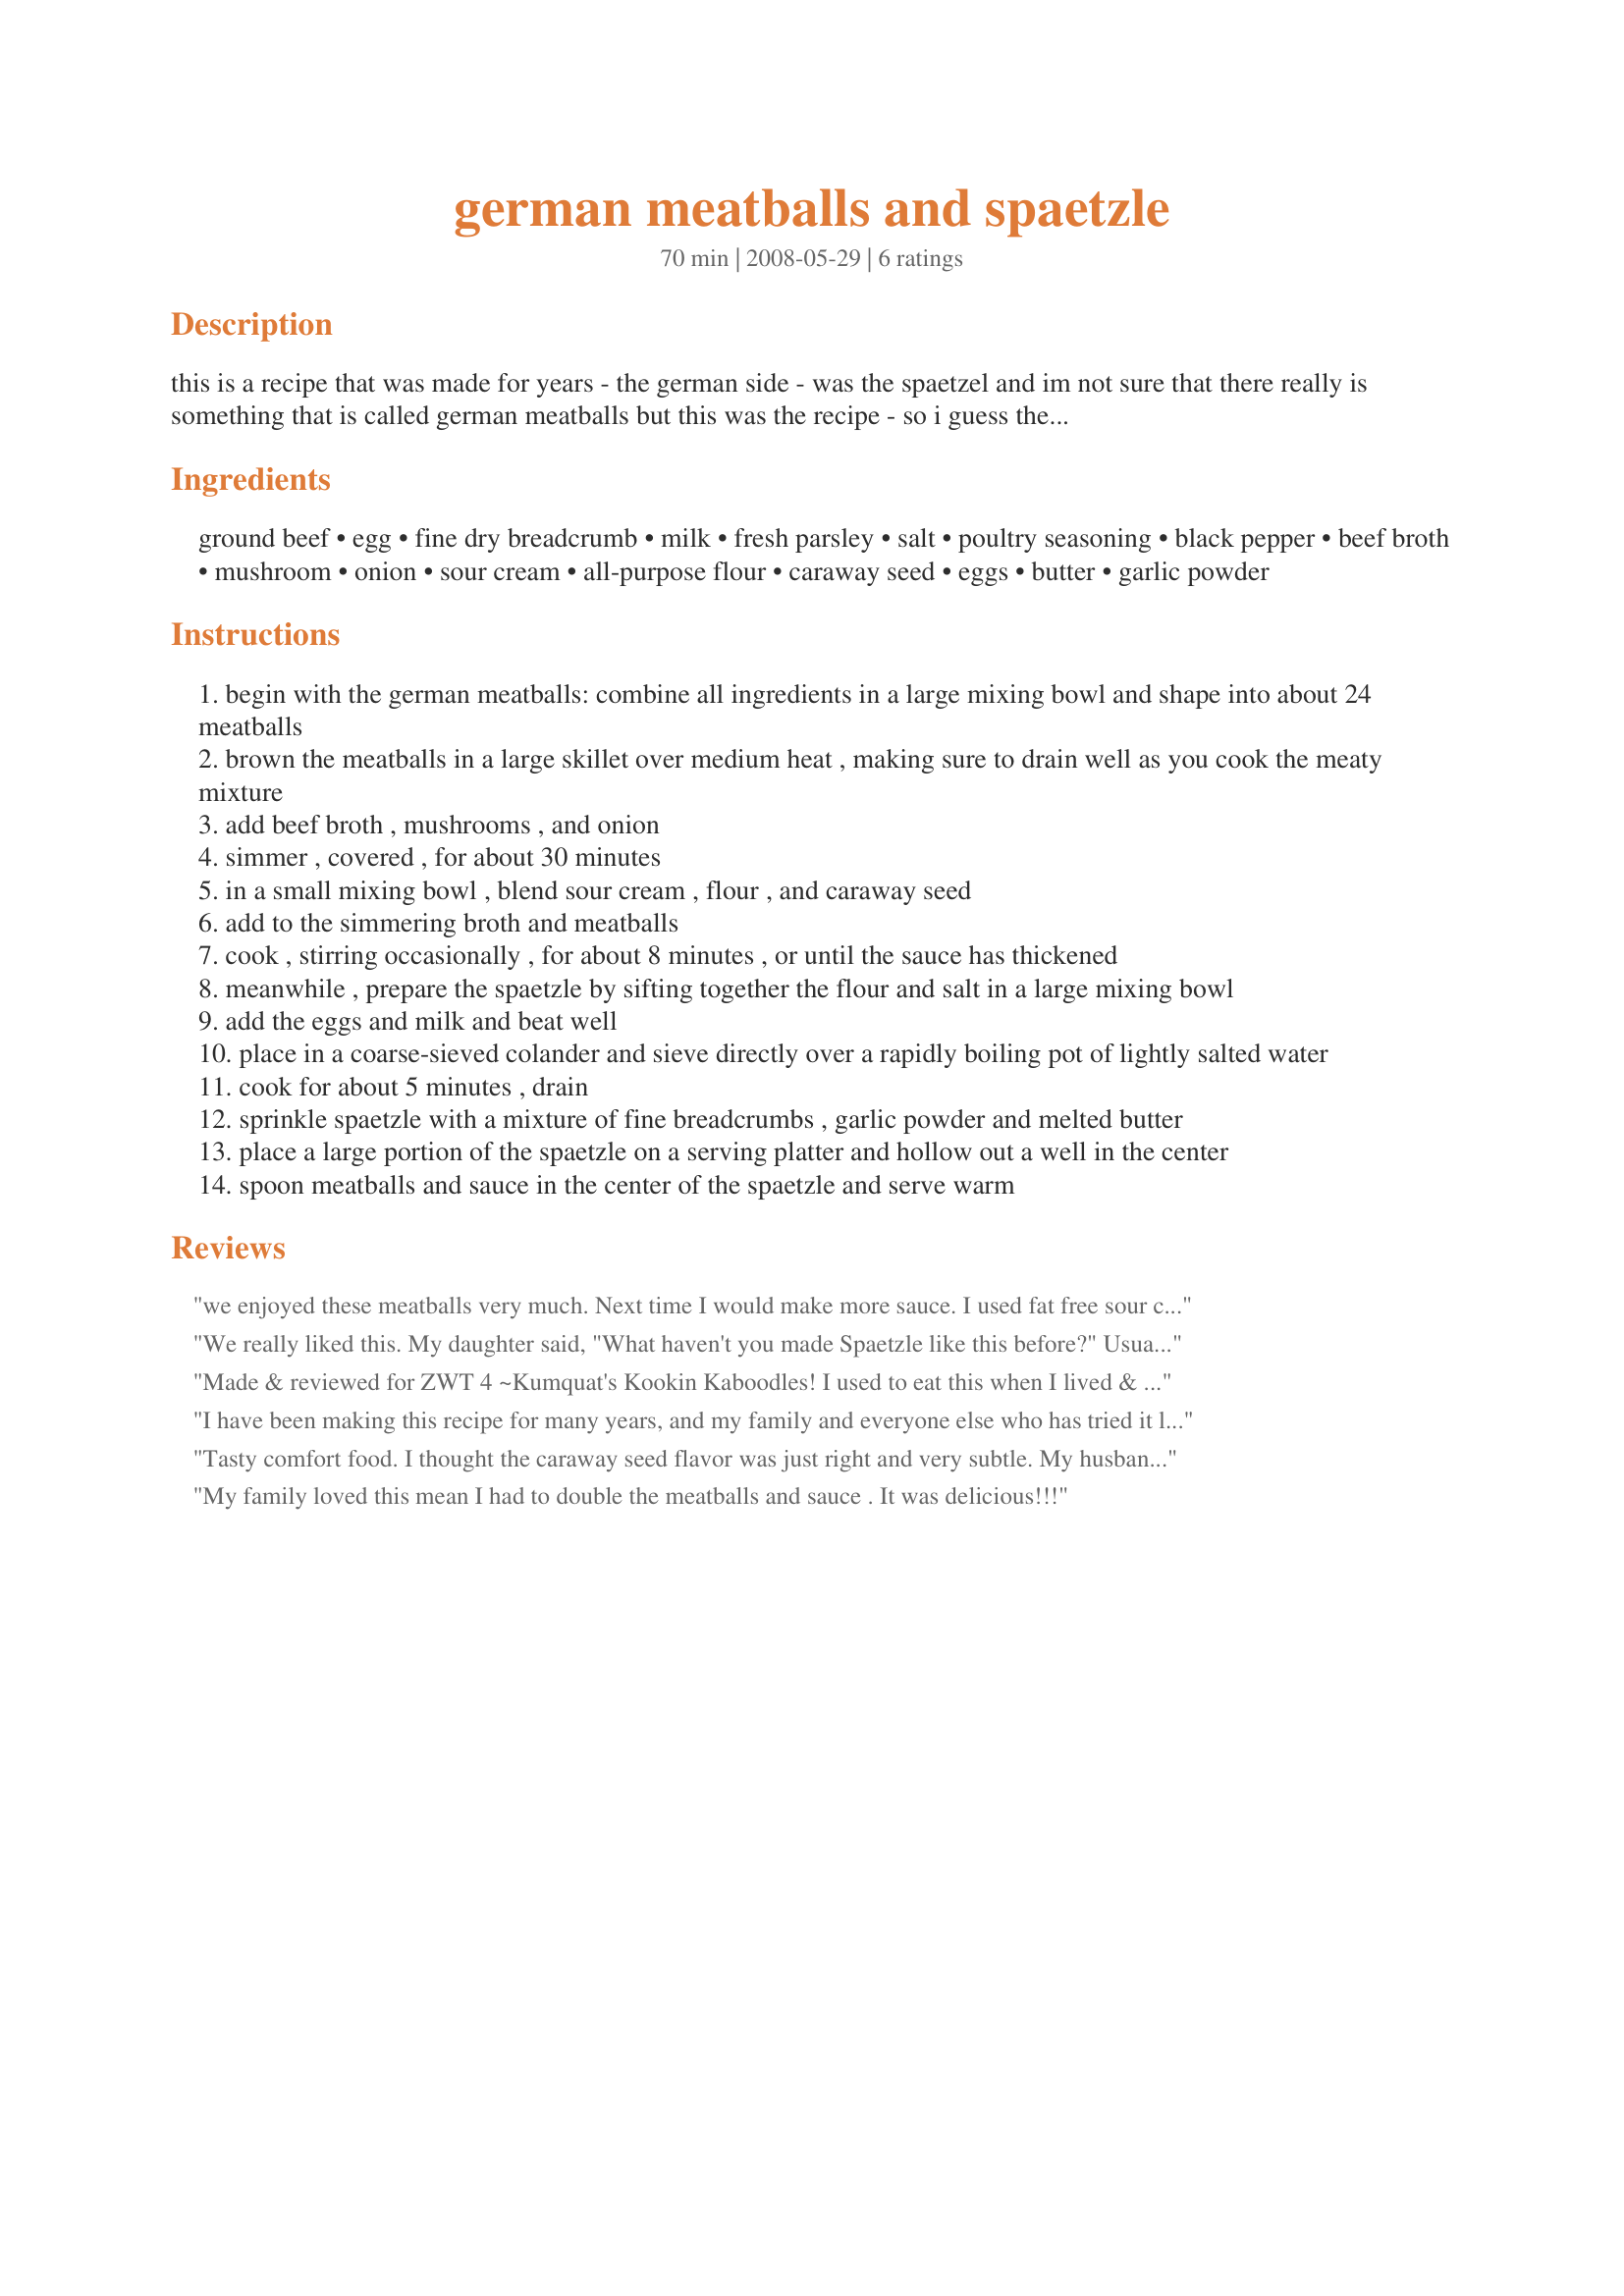
german meatballs and spaetzle
Preparation time: 70 minutes

this is a recipe that was made for years - the german side - was the spaetzel and im not sure that there really is something that is called german meatballs but this was the recipe - so i guess they are german - enjoy

Ingredients:
ground beef, egg, fine dry breadcrumb, milk, fresh parsley, salt, poultry seasoning, black pepper, beef broth, mushroom, onion, sour cream, all-purpose flour, caraway seed, eggs, butter, garlic powder

Steps:
begin with the german meatballs: combine all ingredients in a large mixing bowl and shape into about 24 meatballs
brown the meatballs in a large skillet over medium heat , making sure to drain well as you cook the meaty mixture
add beef broth , mushrooms , and onion
simmer , covered , for about 30 minutes
in a small mixing bowl , blend sour cream , flour , and caraway seed
add to the simmering broth and meatballs
cook , stirring occasionally , for about 8 minutes , or until the sauce has thickened
meanwhile , prepare the spaetzle by sifting together the flour and salt in a large mixing bowl
add the eggs and milk and beat well
place in a coarse-sieved colander and sieve directly over a rapidly boiling pot of lightly salted water
cook for about 5 minutes , drain
sprinkle spaetzle with a mixture of fine breadcrumbs , garlic powder and melted butter
place a large portion of the spaetzle on a serving platter and hollow out a well in the center
spoon meatballs and sauce in the center of the spaetzle and serve warm

Reviews:
we enjoyed these meatballs very much. Next time I would make more sauce. I used fat free sour cream and no one could tell. I also sprinkled the meatballs with milled flax seed to get some hidden omega 3. I liked the caraway seeds, but would use a bit less next time. Only rating for the meatballs and sauce, I didn't use this spaetzle recipe.
We really liked this. My daughter said, "What haven't you made Spaetzle like this before?" Usually, I make Hungarian goulash or chicken paprikash to go over spaetzle. They both take a lot of time. This went together very quickly and easily, which I really liked. The flavor was very good and the leftovers were even better.
Made & reviewed for ZWT 4 ~Kumquat's Kookin Kaboodles! I used to eat this when I lived & worked in East Germany, so was more than pleased to try this recipe ;) I halved the recipe & followed the instructions - the end result was perfect juicy meatballs (called FRIKADELLEN), light spaetzle & a lovely rich sauce. Thanks Ravenseyes for a delicious recipe which brings back great memories!
I have been making this recipe for many years, and my family and everyone else who has tried it loves this dish. I do use ground turkey these days, for health reasons, and it is just as good as it is with ground beef. I also use low fat sour cream and skip the poultry seasoning. I sprinkle each serving with chopped parsley and we like it served over steamed rice or wide egg noodles, as well as the spaetzle, just to change things up. The sauce is so delicious and the meatballs are so tender, you won&#039;t be sorry if you make this recipe. I always double the recipe, and freeze half for another meal.
Tasty comfort food. I thought the caraway seed flavor was just right and very subtle. My husband thought it was a bit overpowering, but he still managed to eat two helpings! It is one of those seasonings that might not appeal to everyone. I liked everything about this recipe...but then again, I'm German! Thanks, Ravenseyes!
My family loved this mean 
I had to double the meatballs and sauce . It was delicious!!!
